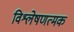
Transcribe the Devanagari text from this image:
विश्लेषणत्मक